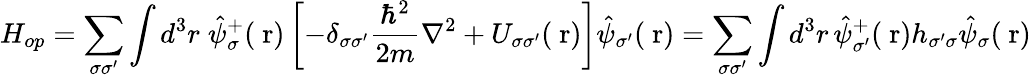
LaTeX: H_{op}=\sum_{\sigma\sigma^{\prime}}\int d^{3}r\; \hat{\psi}_{\sigma}^{+}(\mathrm{\mathbf~r})\left[-\delta_{\sigma\sigma^{\prime}}\frac{\hbar^{2}}{2m}\nabla^{2}+U_{\sigma\sigma^{\prime}}(\mathrm{\mathbf~r})\right]\hat{\psi}_{\sigma^{\prime}}(\mathrm{\mathbf~r})=\sum_{\sigma\sigma^{\prime}}\int d^{3}r\, \hat{\psi}_{\sigma^{\prime}}^{+}(\mathrm{\mathbf~r})h_{\sigma^{\prime}\sigma}\hat{\psi}_{\sigma}(\mathrm{\mathbf~r})